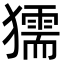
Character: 獳